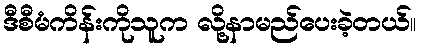
ဒီစီမံကိန်းကိုသူက လို့နာမည်ပေးခဲ့တယ်။